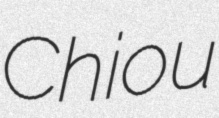
Chiou